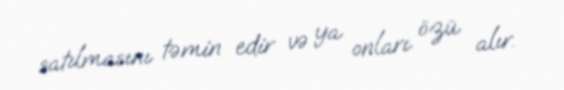
satılmasını təmin edir və ya onları özü alır.